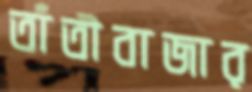
তাঁতীবাজার